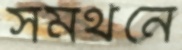
সমর্থনে